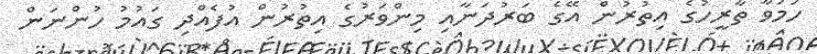
ހަމަވާ ތާރީހުގެ އިތުރުން އޭގެ ބަރުދަނާއި މިންވަރުގެ އިތުރުން އުފެއްދި ގައުމު ހުންނަން